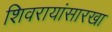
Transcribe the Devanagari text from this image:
शिवरायांसारखा